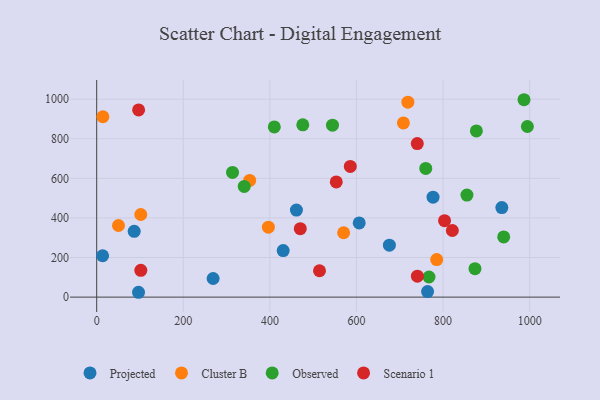
{"axis": {"x": "Investment", "y": "Profit"}, "legend": ["Cluster B", "Observed", "Projected", "Scenario 1"], "data": [{"x": "606.3", "y": 374.7, "type": "Projected"}, {"x": "461.3", "y": 439.8, "type": "Projected"}, {"x": "13.7", "y": 209.0, "type": "Projected"}, {"x": "96.6", "y": 24.4, "type": "Projected"}, {"x": "764.2", "y": 27.9, "type": "Projected"}, {"x": "268.9", "y": 94.0, "type": "Projected"}, {"x": "935.7", "y": 452.0, "type": "Projected"}, {"x": "776.8", "y": 504.7, "type": "Projected"}, {"x": "86.6", "y": 332.0, "type": "Projected"}, {"x": "676.0", "y": 262.2, "type": "Projected"}, {"x": "430.7", "y": 234.9, "type": "Projected"}, {"x": "353.3", "y": 589.3, "type": "Cluster B"}, {"x": "50.3", "y": 361.7, "type": "Cluster B"}, {"x": "101.8", "y": 417.3, "type": "Cluster B"}, {"x": "570.3", "y": 325.0, "type": "Cluster B"}, {"x": "14.3", "y": 910.9, "type": "Cluster B"}, {"x": "785.3", "y": 189.8, "type": "Cluster B"}, {"x": "396.5", "y": 353.4, "type": "Cluster B"}, {"x": "718.7", "y": 984.3, "type": "Cluster B"}, {"x": "708.4", "y": 879.8, "type": "Cluster B"}, {"x": "544.6", "y": 868.3, "type": "Observed"}, {"x": "994.7", "y": 861.6, "type": "Observed"}, {"x": "313.7", "y": 629.7, "type": "Observed"}, {"x": "410.2", "y": 859.5, "type": "Observed"}, {"x": "873.7", "y": 143.4, "type": "Observed"}, {"x": "940.0", "y": 303.9, "type": "Observed"}, {"x": "476.0", "y": 870.3, "type": "Observed"}, {"x": "855.1", "y": 515.1, "type": "Observed"}, {"x": "767.5", "y": 101.5, "type": "Observed"}, {"x": "340.7", "y": 558.9, "type": "Observed"}, {"x": "760.0", "y": 650.0, "type": "Observed"}, {"x": "986.9", "y": 996.9, "type": "Observed"}, {"x": "876.9", "y": 839.3, "type": "Observed"}, {"x": "514.6", "y": 133.1, "type": "Scenario 1"}, {"x": "585.7", "y": 659.8, "type": "Scenario 1"}, {"x": "101.9", "y": 135.3, "type": "Scenario 1"}, {"x": "553.3", "y": 581.6, "type": "Scenario 1"}, {"x": "803.4", "y": 385.8, "type": "Scenario 1"}, {"x": "96.8", "y": 945.3, "type": "Scenario 1"}, {"x": "740.7", "y": 105.5, "type": "Scenario 1"}, {"x": "821.4", "y": 336.5, "type": "Scenario 1"}, {"x": "470.2", "y": 345.7, "type": "Scenario 1"}, {"x": "740.4", "y": 775.4, "type": "Scenario 1"}]}